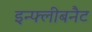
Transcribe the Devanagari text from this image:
इन्फ्लीबनैट